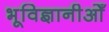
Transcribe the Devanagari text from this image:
भूविज्ञानीओँ